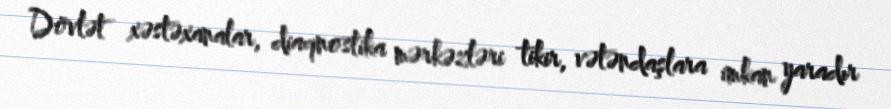
Dövlət xəstəxanalar, diaqnostika mərkəzləri tikir, vətəndaşlara imkan yaradır